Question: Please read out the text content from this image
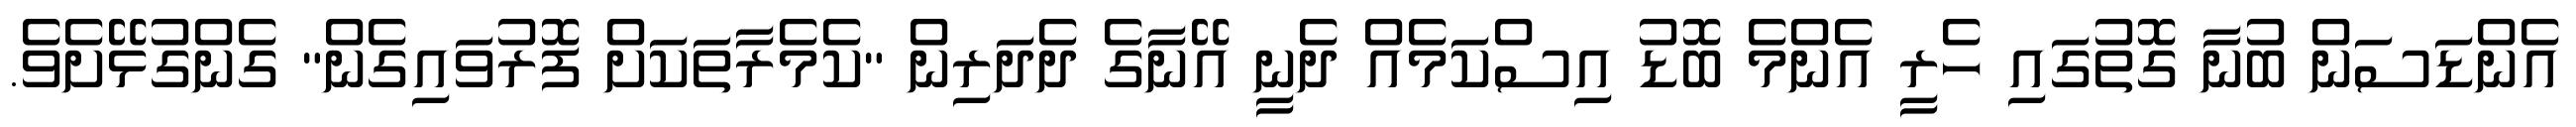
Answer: އެންޑަސަން ބުނާ ގޮތުގައި ހެރީ އެންމެ ބޮޑު އިސްކަމެއް ދެނީ އޭނާގެ ދެދަރިން "ކެމެރާތަކަށް ފޮރުވައިގެން" ގެންގުޅޭށެވެ.